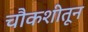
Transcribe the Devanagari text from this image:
चौकशीतून